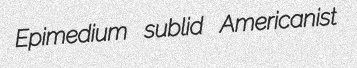
Epimedium sublid Americanist